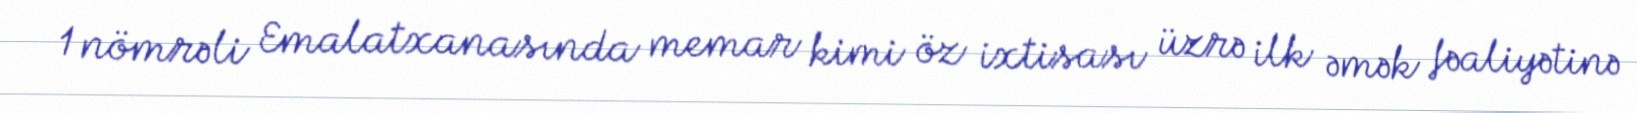
1 nömrəli Emalatxanasında memar kimi öz ixtisası üzrə ilk əmək fəaliyətinə